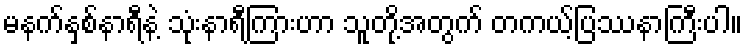
မနက်နှစ်နာရီနဲ့ သုံးနာရီကြားဟာ သူတို့အတွက် တကယ့်ပြဿနာကြီးပါ။